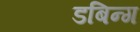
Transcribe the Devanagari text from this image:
डबिन्ग